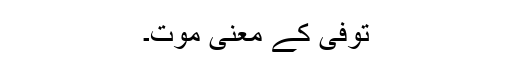
توفی کے معنی موت۔